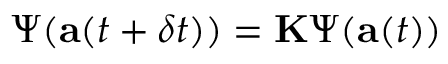
\boldsymbol { \Psi } ( \mathbf { a } ( t + \delta t ) ) = \mathbf { K } \boldsymbol { \Psi } ( \mathbf { a } ( t ) )